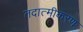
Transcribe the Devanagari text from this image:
तदात्मीकरण